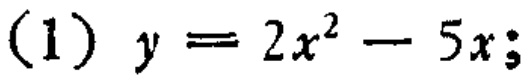
\((1)\ y = 2x^{2}-5x;\)